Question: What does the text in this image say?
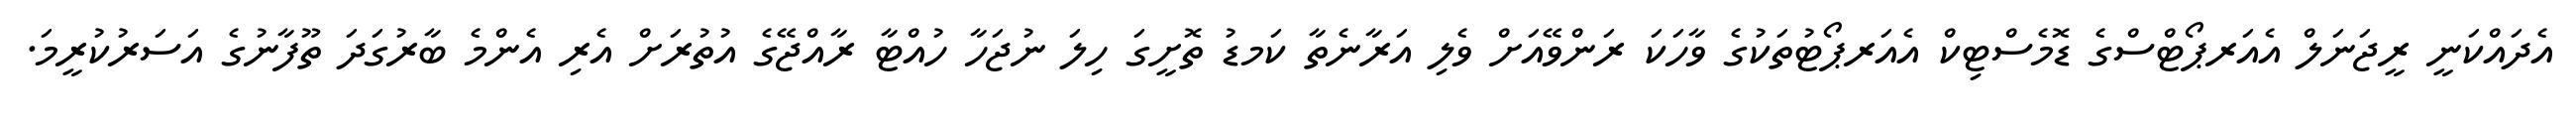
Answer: އެދައްކަނީ ރީޖަނަލް އެއަރޕޯޓްސްގެ ޑޮމެސްޓިކް އެއަރޕޯޓުތަކުގެ ވާހަކަ ރަންވޭއަށް ވެލި އަރާނެތާ ކަމޑު ތޮށީގަ ހިލަ ނުޖަހާ ހުއްޓާ ރާއްޖޭގެ އުތުރަށް އެރި އެންމެ ބާރުގަދަ ތޫފާނުގެ އަސަރުކުރީމަ.